Annual administration report of the Civil Veterinary Department, Ajmere-Merwara, British Rajputana - 1914-1940
Year: 1914
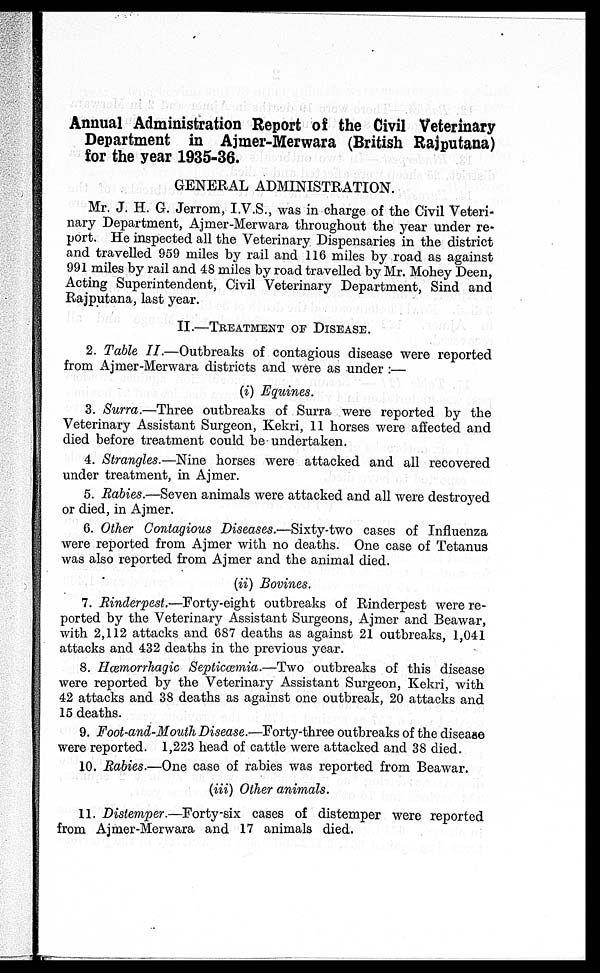
Annual Administration Report of the Civil Veterinary
Department in Ajmer-Merwara (British Rajputana)
for the year 1935-36.
GENERAL ADMINISTRATION.
Mr. J. H. G. Jerrom, I.V.S., was in charge of the Civil Veteri-
nary Department, Ajmer-Merwara throughout the year under re-
port. He inspected all the Veterinary Dispensaries in the district
and travelled 959 miles by rail and 116 miles by road as against
991 miles by rail and 48 miles by road travelled by Mr. Mohey Deen,
Acting Superintendent, Civil Veterinary Department, Sind and
Rajputana, last year.
II.—TREATMENT OF DISEASE.
2. Table II.—Outbreaks of contagious disease were reported
from Ajmer-Merwara districts and were as under:—
(i) Equines.
3. Surra.—Three outbreaks of Surra were reported by the
Veterinary Assistant Surgeon, Kekri, 11 horses were affected and
died before treatment could be undertaken.
4. Strangles.—Nine horses were attacked and all recovered
under treatment, in Ajmer.
5. Rabies.—Seven animals were attacked and all were destroyed
or died, in Ajmer.
6. Other Contagious Diseases.—Sixty-two cases of Influenza
were reported from Ajmer with no deaths. One case of Tetanus
was also reported from Ajmer and the animal died.
(ii) Bovines.
7. Rinderpest.—Forty-eight outbreaks of Rinderpest were re-
ported by the Veterinary Assistant Surgeons, Ajmer and Beawar,
with 2,112 attacks and 687 deaths as against 21 outbreaks, 1,041
attacks and 432 deaths in the previous year.
8. Hœmorrhagic Septicæmia.—Two outbreaks of this disease
were reported by the Veterinary Assistant Surgeon, Kekri, with
42 attacks and 38 deaths as against one outbreak, 20 attacks and
15 deaths.
9. Foot-and-Mouth Disease.—Forty-three outbreaks of the disease
were reported. 1,223 head of cattle were attacked and 38 died.
10. Rabies.—One case of rabies was reported from Beawar.
(iii) Other animals.
11. Distemper.—Forty-six cases of distemper were reported
from Ajmer-Merwara and 17 animals died.